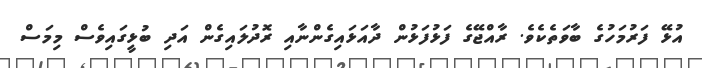
އުޅޭ ފަރުމަހުގެ ބާވަތެކެވެ. ރާއްޖޭގެ ފަޅުފަޅުން ދާއަޅައިގެންނާއި ރޮދުލައިގެން އަދި ބުޅީގައިވެސް މިމަސް